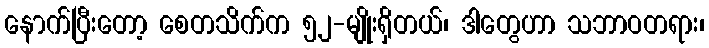
နောက်ပြီးတော့ စေတသိက်က ၅၂-မျိုးရှိတယ်၊ ဒါတွေဟာ သဘာဝတရား၊